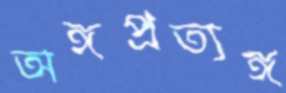
অঙ্গপ্রত্যঙ্গ